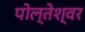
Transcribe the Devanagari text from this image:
पोल्तेश्वर